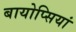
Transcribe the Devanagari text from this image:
बायोप्सियां